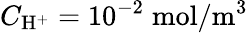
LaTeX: C_{\mathrm{H}^{+}}=10^{-2}\; \mathrm{mol}/\mathrm{m}^{3}